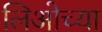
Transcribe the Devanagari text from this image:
लिओच्या